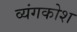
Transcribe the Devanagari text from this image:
व्यंगकोश